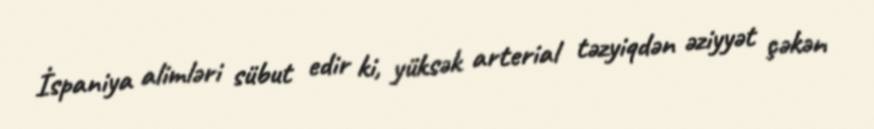
İspaniya alimləri sübut edir ki, yüksək arterial təzyiqdən əziyyət çəkən